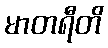
မာတရီတိ